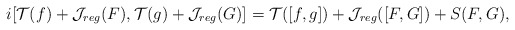
\begin{align*}i[{\cal T}(f)+{\cal J}_{reg}(F),{\cal T}(g)+{\cal J}_{reg}(G)]={\cal T}([f,g])+{\cal J}_{reg}([F,G])+S(F,G),\end{align*}